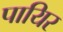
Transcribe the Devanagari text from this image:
पायिर